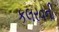
કલરવની